[Report on the health of British troops in the Madras command]
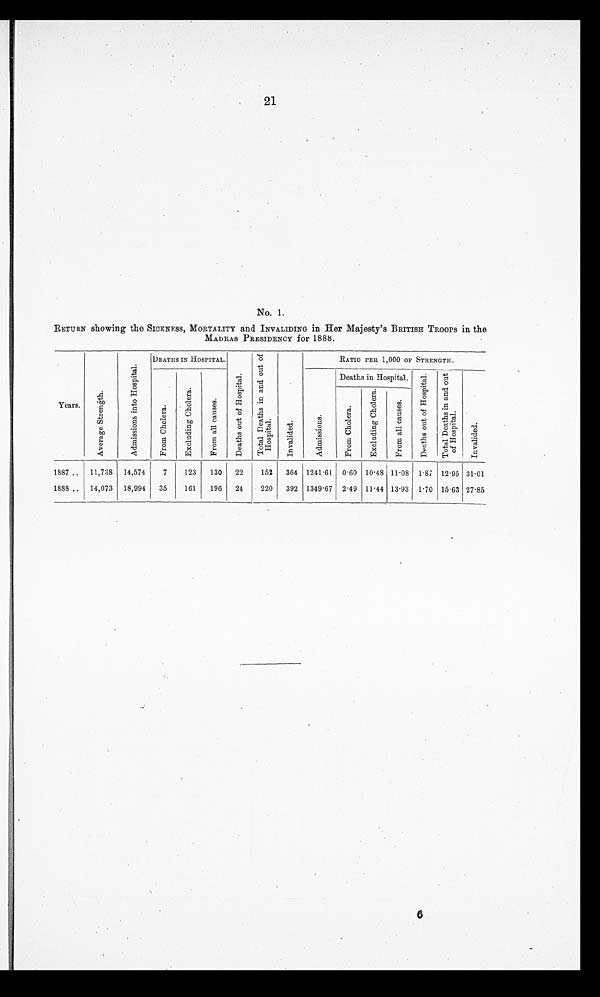
21
No. 1.
RETURN showing the SICKNESS, MORTALITY and INVALIDING in Her Majesty's BRITISH TROOPS in the
MADRAS PRESIDENCY for 1888.
Years
A v e r a g e S t r e n g t h .
A d m i s s i o n s i n t o H o s p i t a l .
DEATHS IN HOSPITAL.
D e a t h s o f H o s p i t a l .
T o t a l D e a t h s i n a n d o u t o f H o s p i t a l .
I n v a l i d e d
RATIO PER 1,000 OF STRENGTH.
F r o m C h o l e r a .
E x c l u d i n g C h o l e r a .
F r o m a l l c a u s e s .
A d m i s s i o n s
Deaths out of Hospital.
D e a t h s o u t o f H o s p i t a l . T o t a l D e a t h s i n a n d o u t o f H o s p i t a l .
I n v a l i d e d .
F r o m C h o l e r a .
E x c l u d i n g C h o l e r a .
F r o m a l l c a u s e s .
1887
11,738 14,574
7
123 130 22
152 364 1241.61 0.60 10.48 11.08 1.87 12.95 31.01
1888
14,073 18,994 35
161 196 24
220 392 1349.67 2.49 11.44 13.93 1.70 15.63 27.85
6